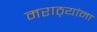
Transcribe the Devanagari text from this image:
मराठ्‍यांना